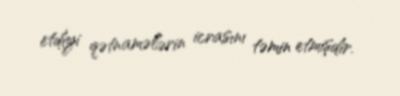
etdiyi qətnamələrin icrasını təmin etmişdir.